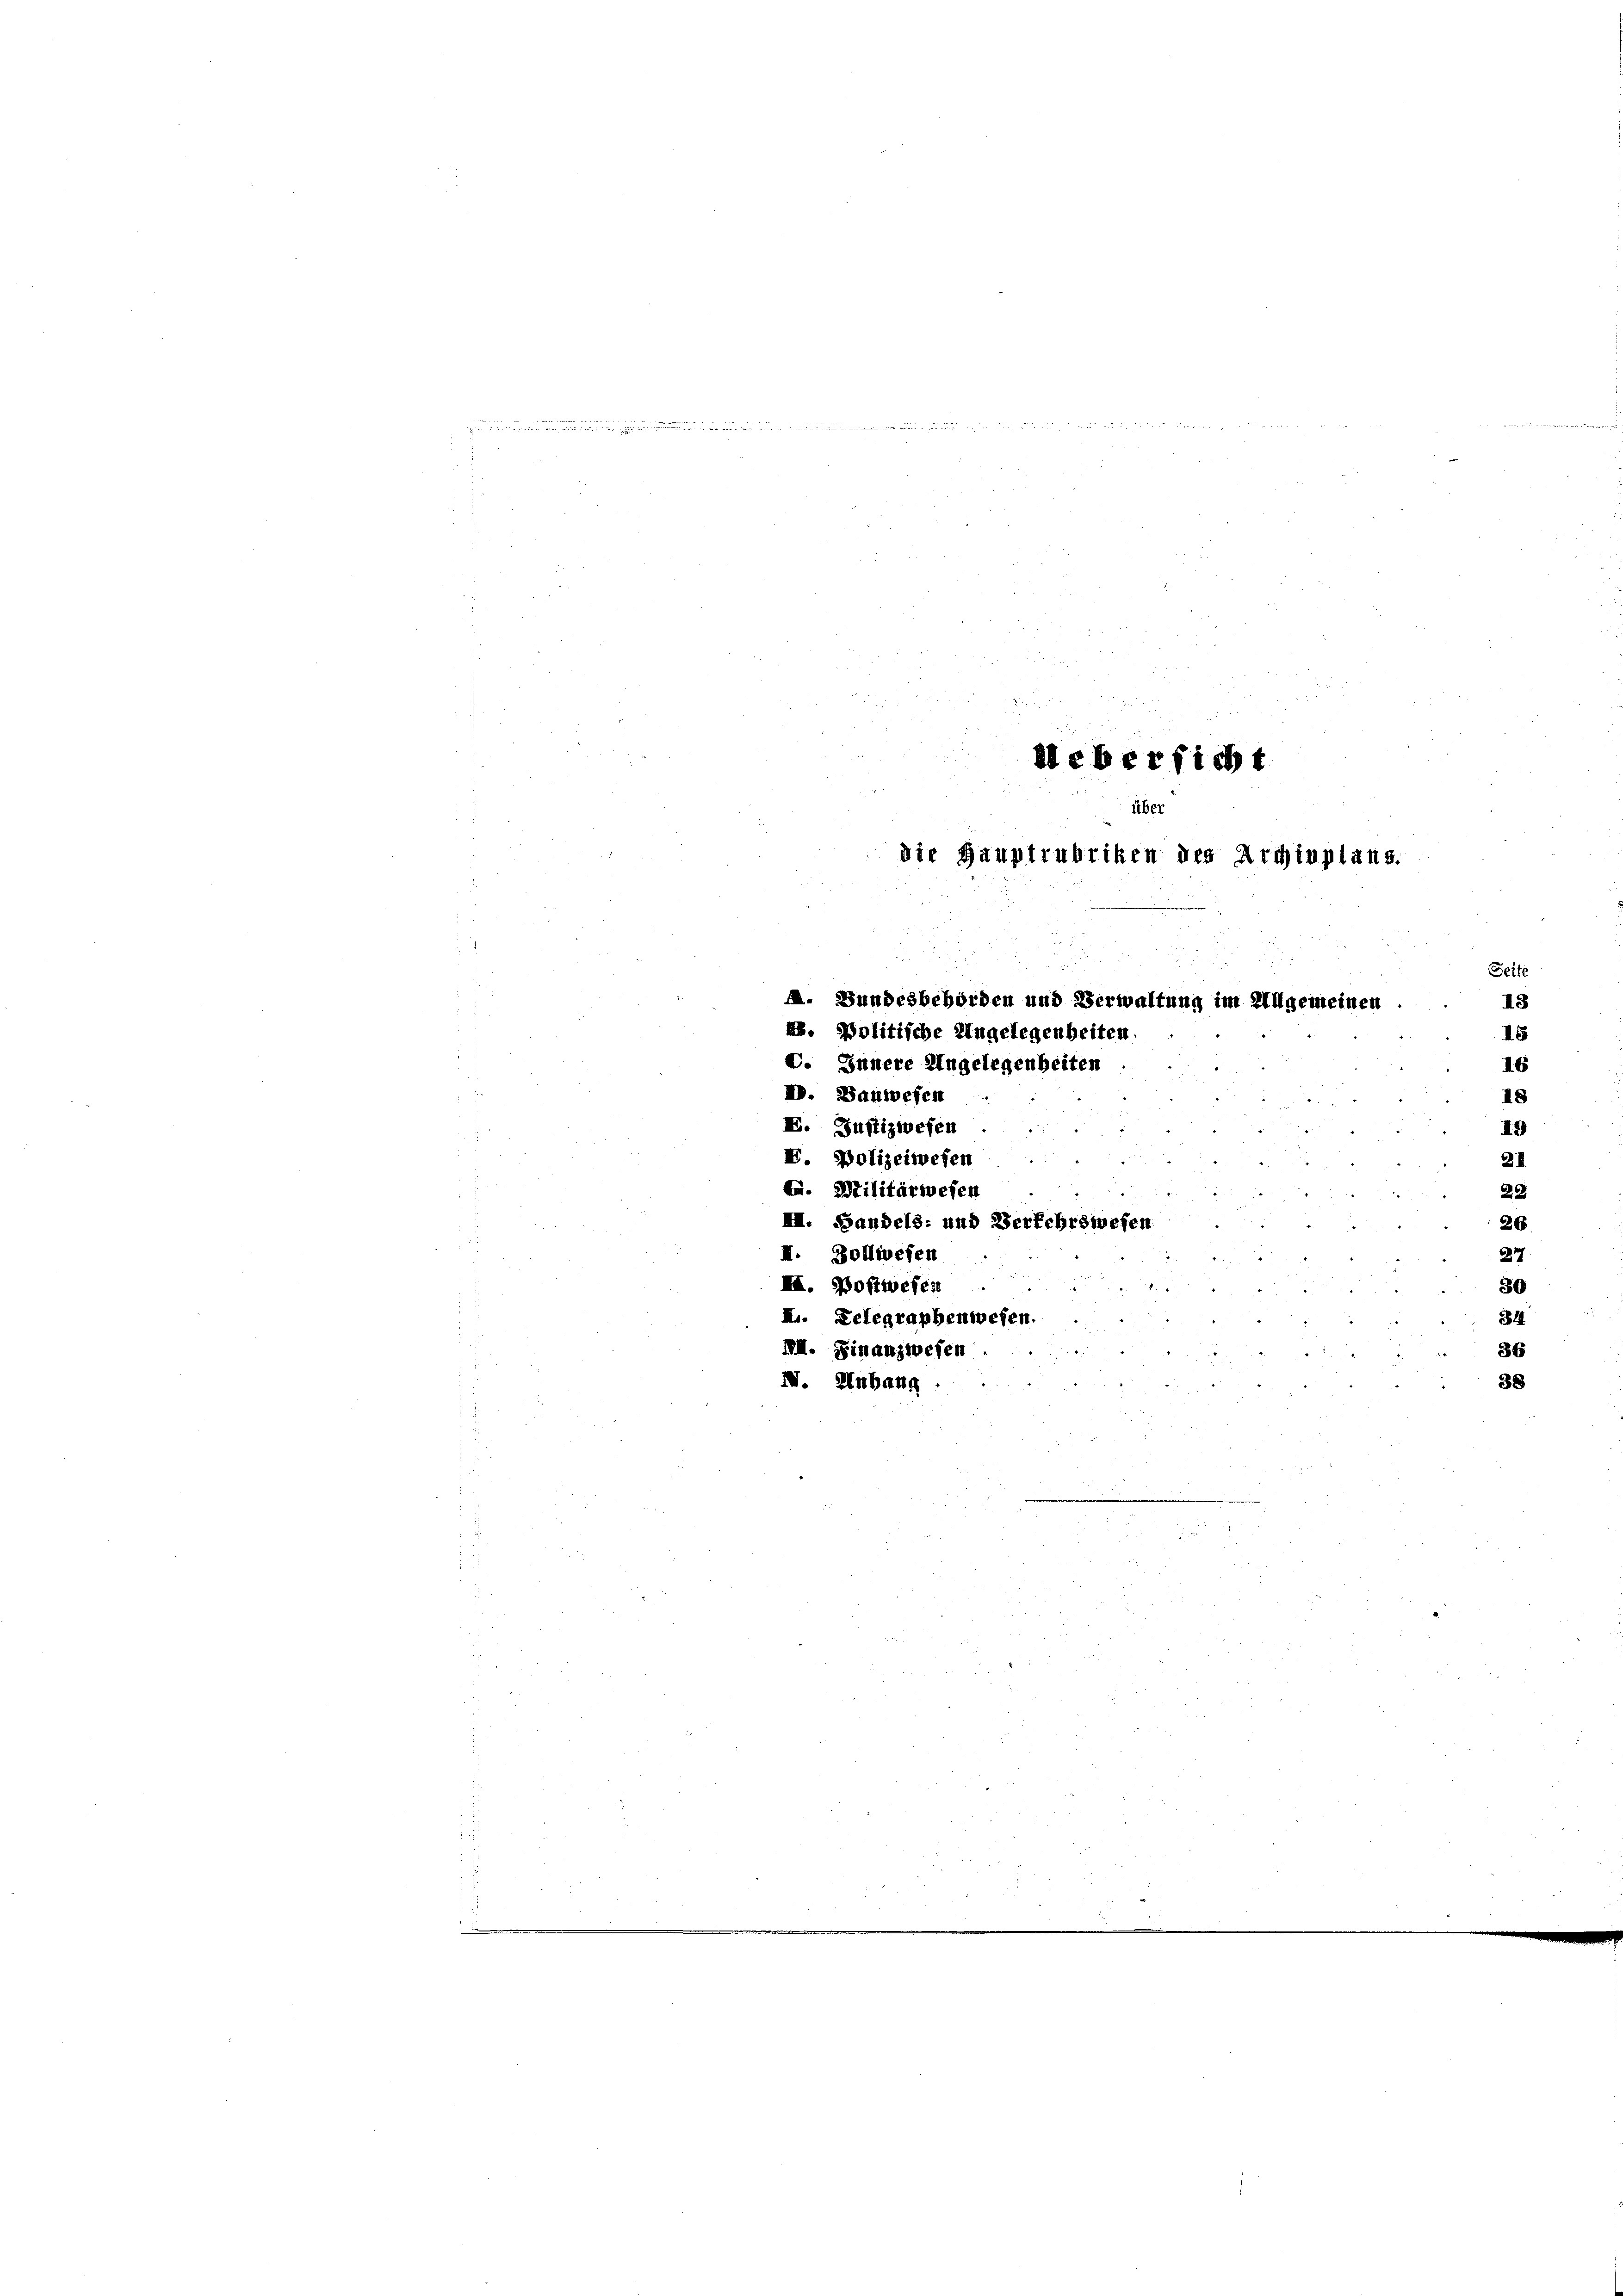
e
.

a

dlebersicht

über
die Hauptrubriken des Archivplans.
A. Bundesbehörden und Verwaltung im Allgemeinen
2. Politische Ungelegenbeiten.
C. Innere Angelegenheiten
IV. Bauwesen

18
19
I. Justizwesen
. Polizeiwesen
2I
E. Militärwesen
28
III. Handels- und Verkehrswes
26
II. Zollwesen
27
II. Postwesen
30
844
I. Delegraphenwesen.
IVII. Finanzwesen
36
38
IV. Anhang

Seite
13
8
16

nmer

e